65_HS1-834228961_62-HQ-83894_Section_8
Agency: FBI
Page 90
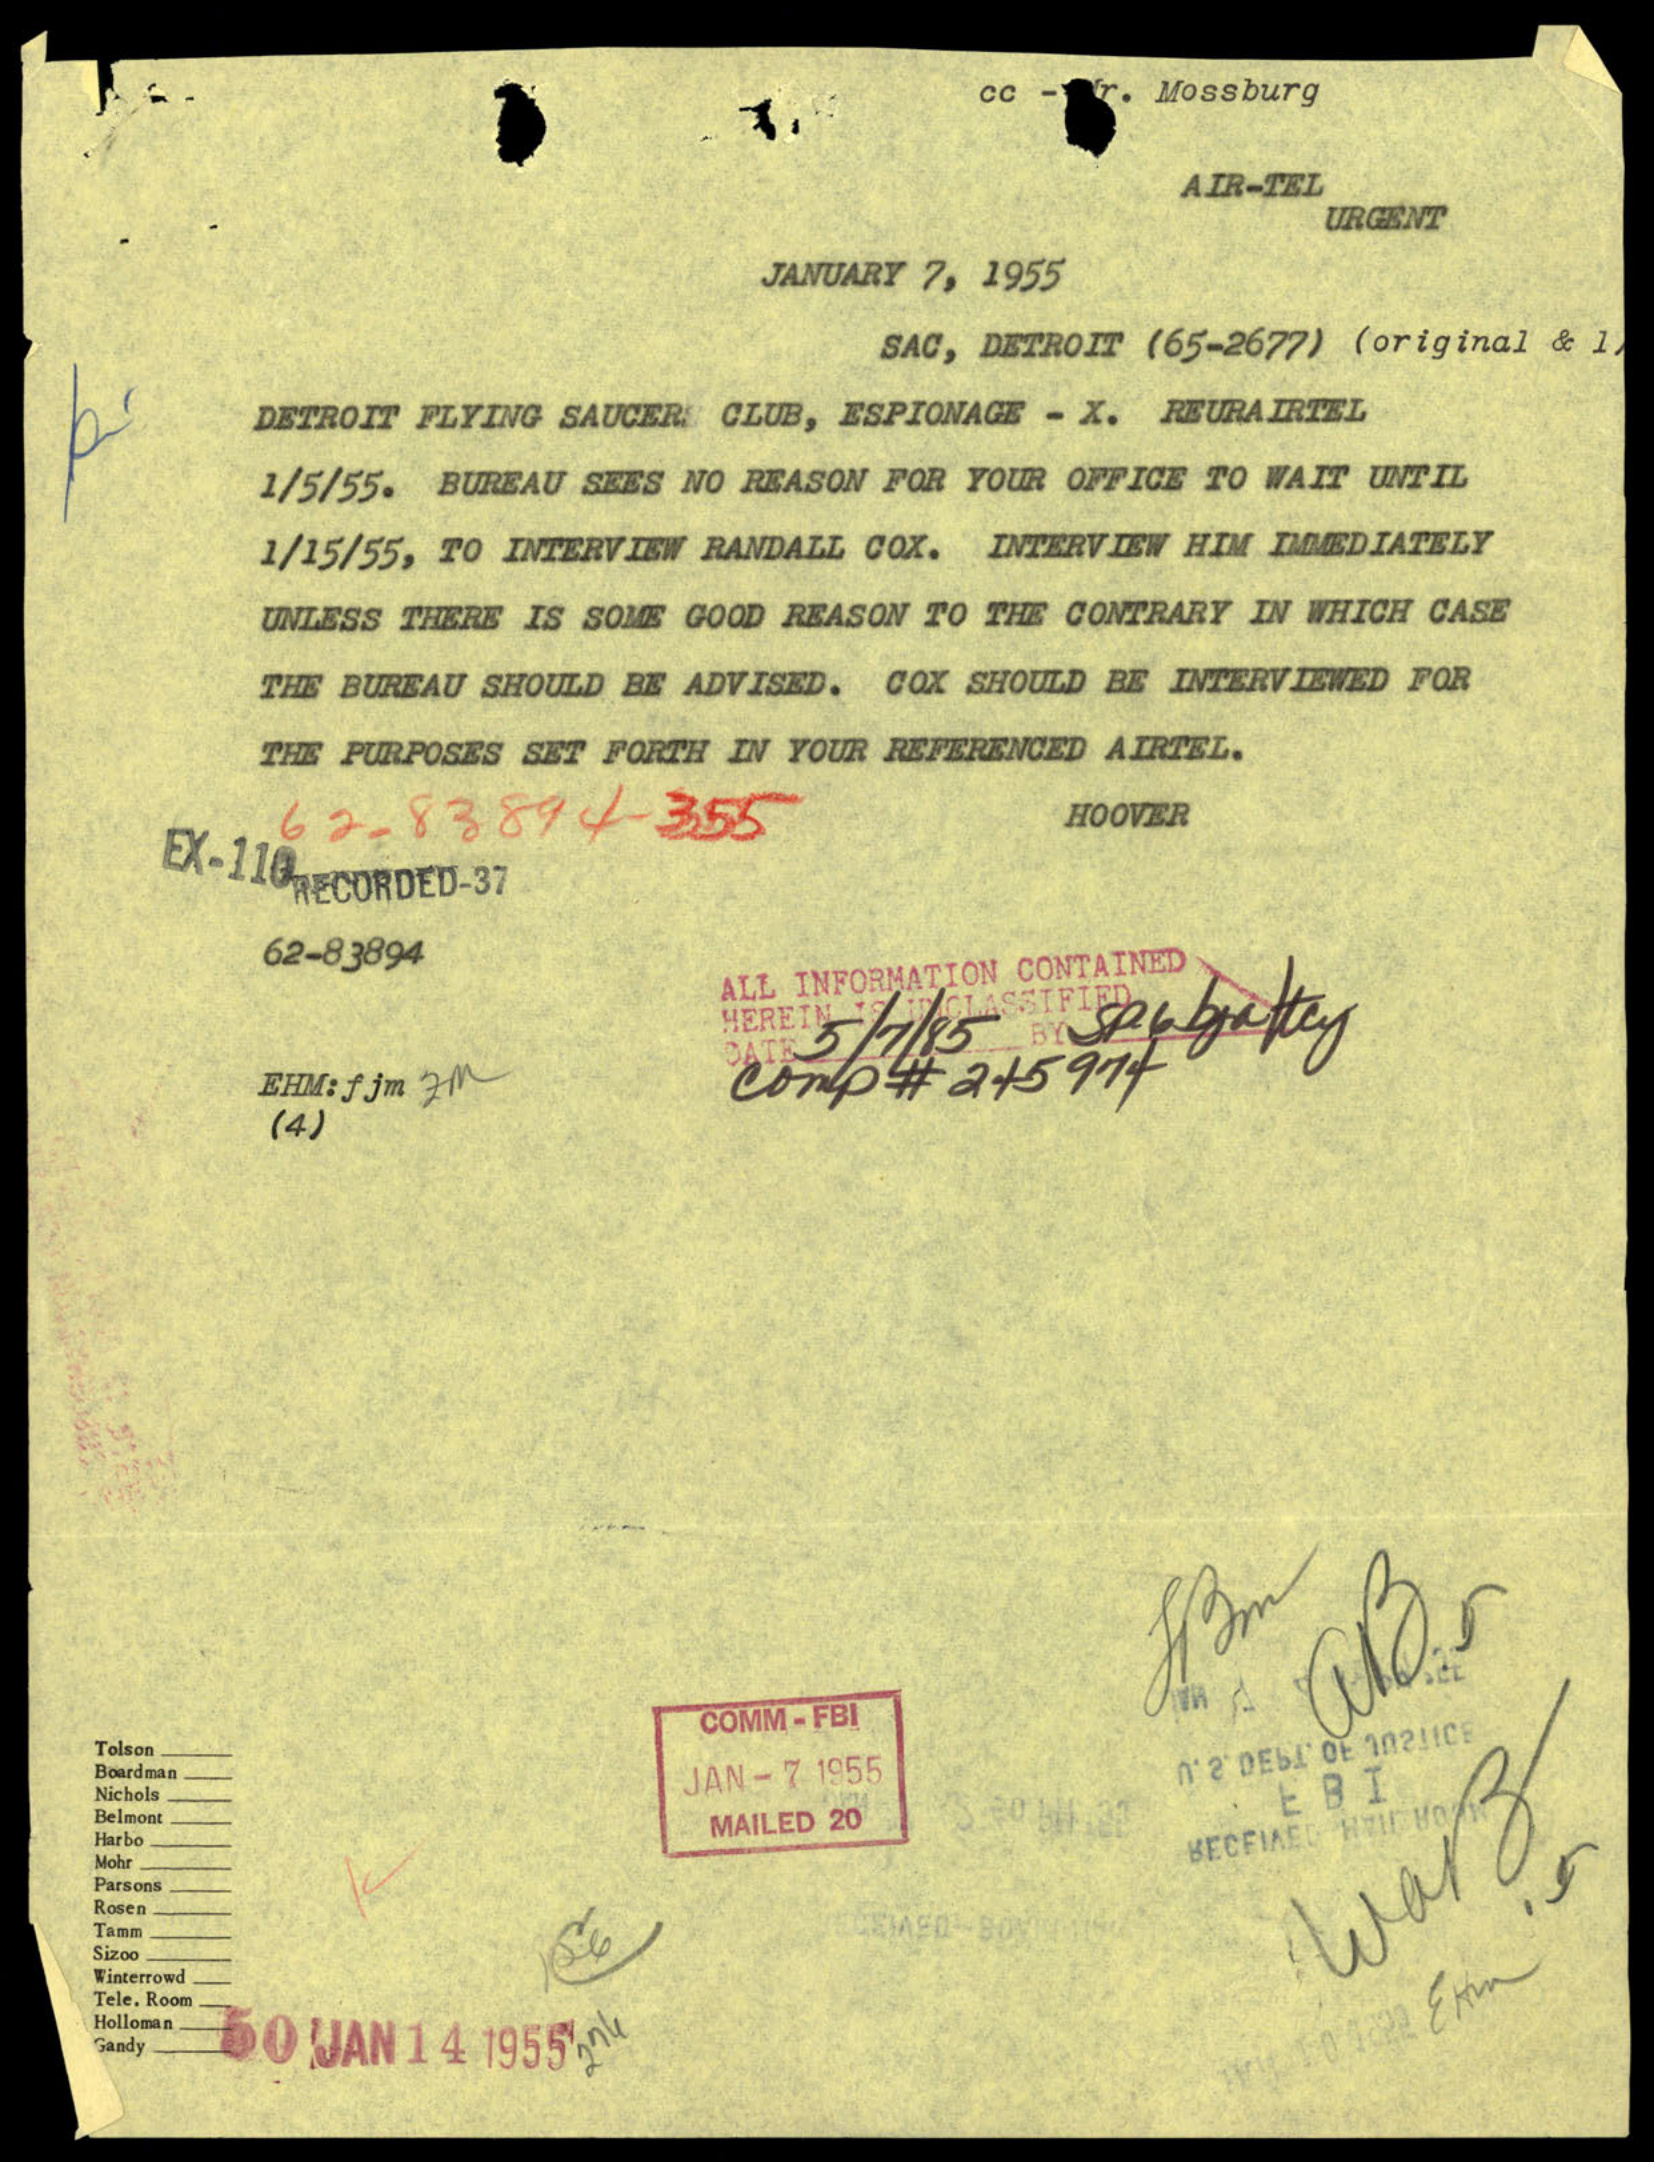